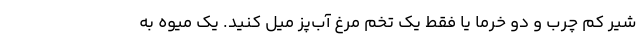
شیر کم چرب و دو خرما یا فقط یک تخم مرغ آب‌پز میل کنید. یک میوه به